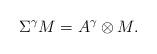
LaTeX: \begin{align*}\Sigma^\gamma M = A^\gamma \otimes M.\end{align*}